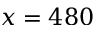
x = 4 8 0